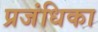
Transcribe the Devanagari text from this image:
प्रजंधिका